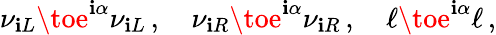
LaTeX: \nu_{\mathbf{i}L}\toe^{\mathbf{i}\alpha}\nu_{\mathbf{i}L}\, ,\quad\nu_{\mathbf{i}R}\toe^{\mathbf{i}\alpha}\nu_{\mathbf{i}R}\, ,\quad\ell\toe^{\mathbf{i}\alpha}\ell\, ,